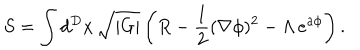
LaTeX: S = \int d ^ { D } x \, \sqrt { | G | } \left( R - \frac { 1 } { 2 } ( \nabla \phi ) ^ { 2 } - \Lambda \, e ^ { a \phi } \right) .